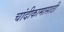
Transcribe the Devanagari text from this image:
चांदीकामासाठी